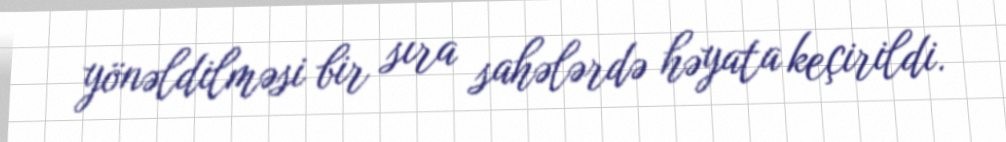
yönəldilməsi bir sıra sahələrdə həyata keçirildi.